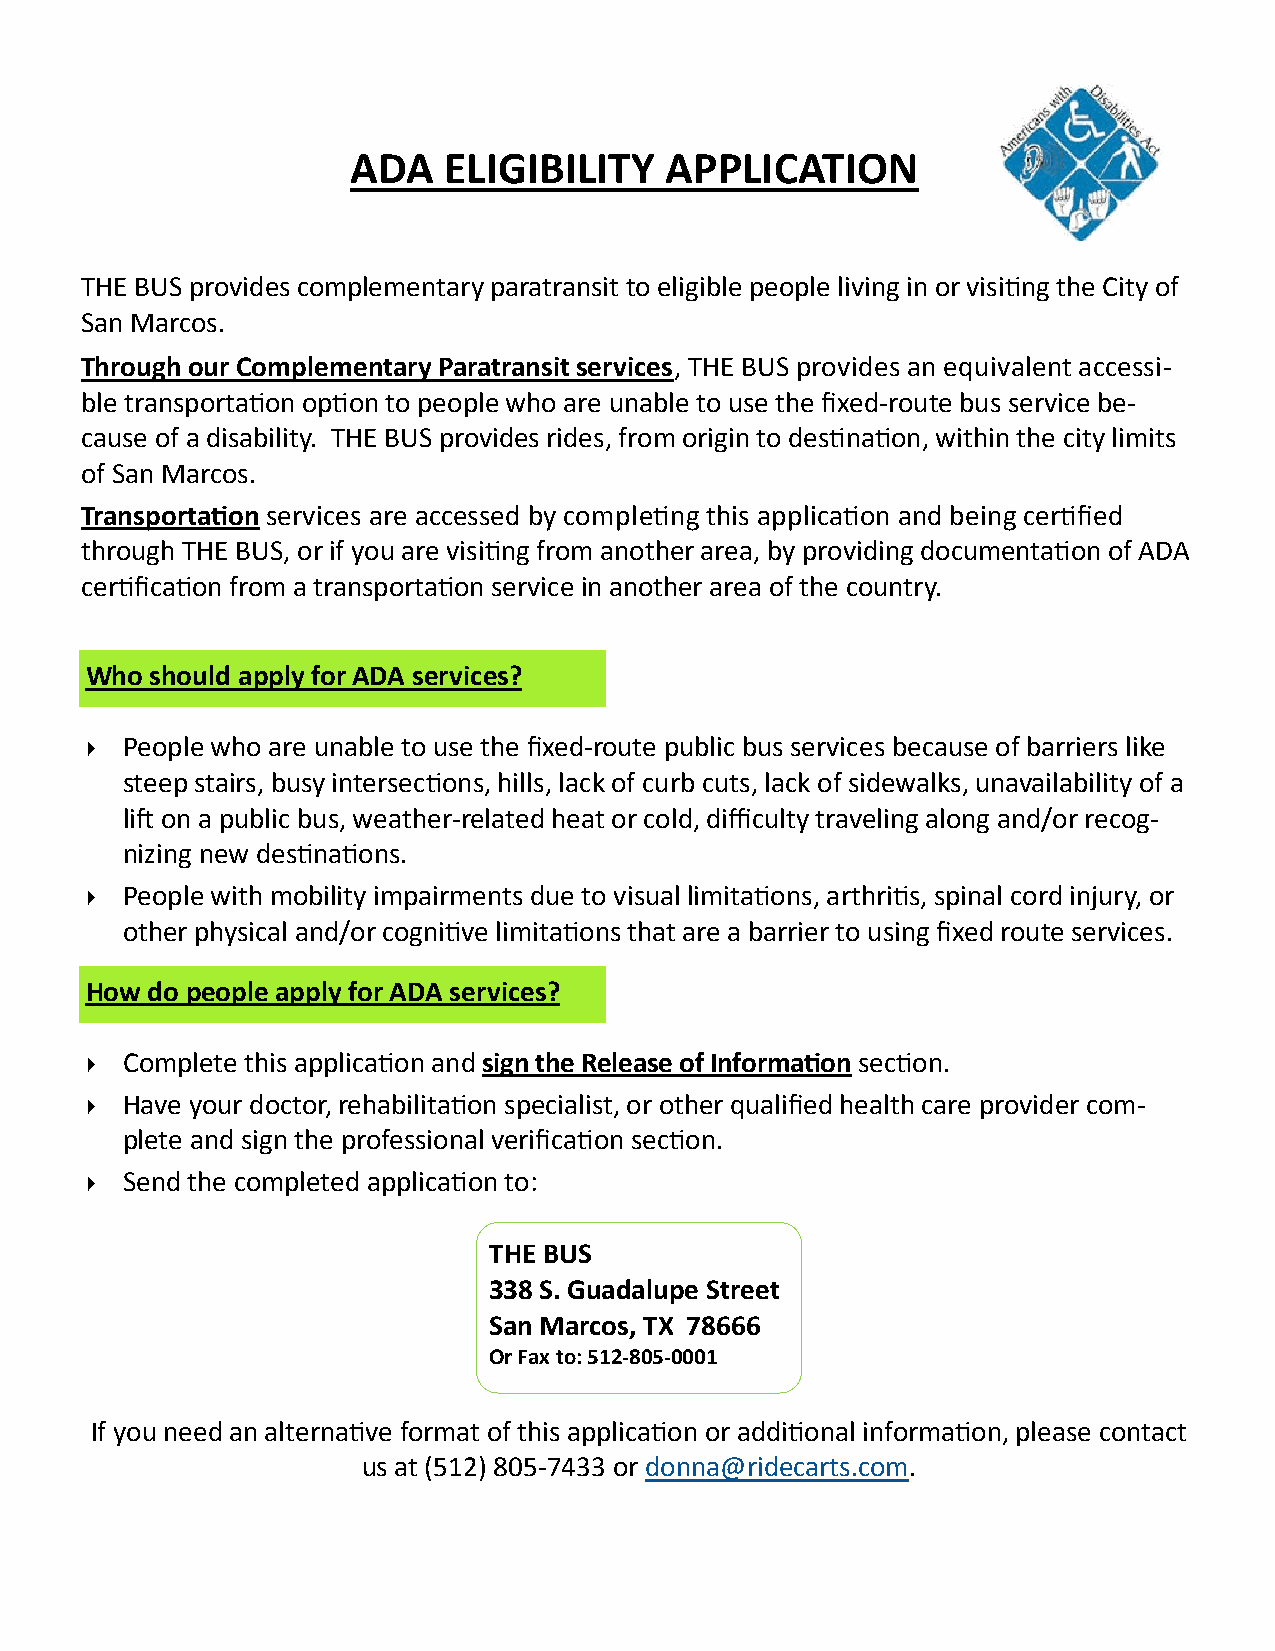
ADA   ELIGIBILITY    APPLICATION
 THE BUS provides complementary paratransit to eligible people living in or visiting the City of
 San Marcos.
 Through our Complementary Paratransit services, THE BUS provides an equivalent accessi-
 ble transportation option to people who are unable to use the fixed-route bus service be-
 cause of a disability. THE BUS provides rides, from origin to destination, within the city limits
 of San Marcos.
 Transportation services are accessed by completing this application and being certified
 through THE BUS, or if you are visiting from another area, by providing documentation of ADA
 certification from a transportation service in another area of the country.
 Who should apply for ADA services?
  People who are unable to use the fixed-route public bus services because of barriers like
 steep stairs, busy intersections, hills, lack of curb cuts, lack of sidewalks, unavailability of a
 lift on a public bus, weather-related heat or cold, difficulty traveling along and/or recog-
 nizing new destinations.
  People with mobility impairments due to visual limitations, arthritis, spinal cord injury, or
 other physical and/or cognitive limitations that are a barrier to using fixed route services.
 How do people apply for ADA services?
  Complete this application and sign the Release of Information section.
  Have your doctor, rehabilitation specialist, or other qualified health care provider com-
 plete and sign the professional verification section.
  Send the completed application to:
 THE BUS
 338 S. Guadalupe Street
 San Marcos, TX 78666
 Or Fax to: 512-805-0001
 If you need an alternative format of this application or additional information, please contact
 us at (512) 805-7433 or donna@ridecarts.com.